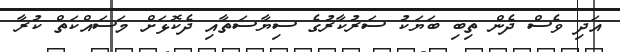
އަދި ވެސް ދެން ތިބި ބަޔަކު ސަރުކާރުގެ ސިޔާސަތާއި ދެކޮޅަށް މަސައްކަތް ކުރާ